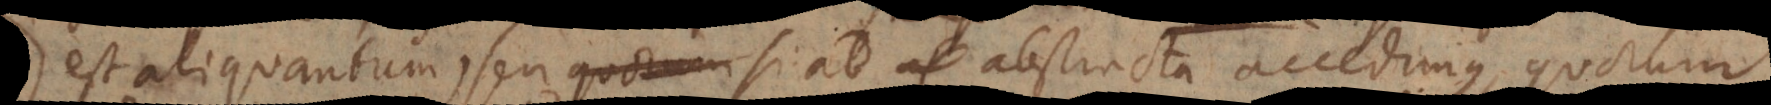
est aliquantum, seu si ad abstracta accedimus, quorum